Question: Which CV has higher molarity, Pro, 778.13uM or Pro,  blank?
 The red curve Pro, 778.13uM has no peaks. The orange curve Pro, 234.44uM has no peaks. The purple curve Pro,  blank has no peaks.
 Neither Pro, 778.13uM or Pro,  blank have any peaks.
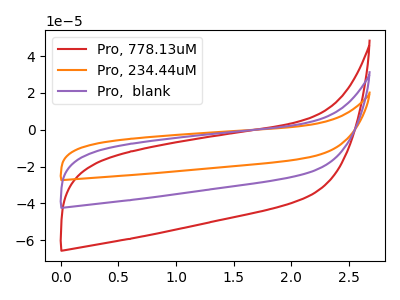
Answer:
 <answer>I cant tell if "Pro, 778.13uM" or "Pro,  blank" has higher concentration.</answer>
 <eval>mixed_concentration</eval>